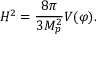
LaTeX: H ^ { 2 } = \frac { 8 \pi } { 3 M _ { p } ^ { 2 } } V ( \varphi ) .